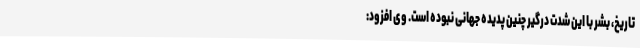
تاریخ، بشر با این شدت درگیر چنین پدیده جهانی نبوده است. وی افزود: